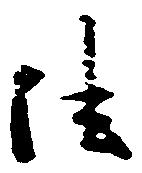
法